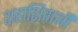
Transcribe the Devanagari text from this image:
शहाशिवाजी